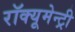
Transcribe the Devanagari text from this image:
रॉक्यूमेन्ट्री